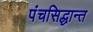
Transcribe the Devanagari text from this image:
पंचसिद्धान्त